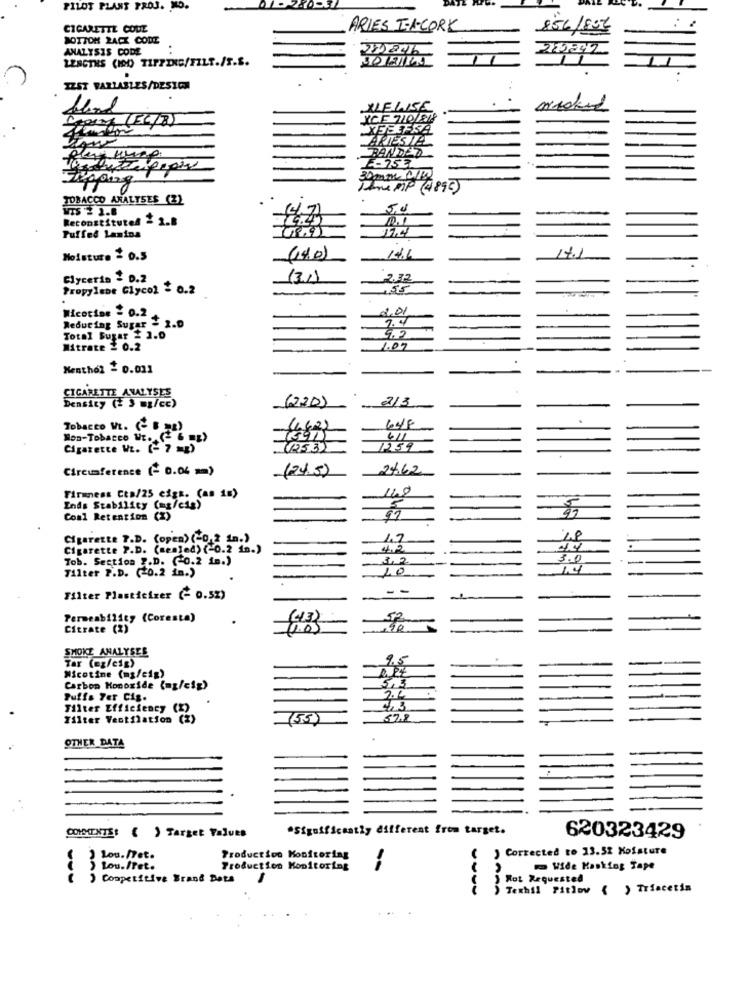
PILOT PLANT PROJ. O.
CIGARETTE COUE
ARIES I-A-CORK
856
BOTTOM 2ACK CODE
ANALYSIS CODE
LENGTHS (IDO TIPPING/FILT./T.S.
IZST VARIABLES/DESIGN
XF1156
XEEEFSA
BANDED
E-753
PereMP (4890)
TOBACCO ANALYSES (2)
5,0
Reconstituted & 2.8
Puffed Lamina
144
17.1
Moisture & 0.5
(14.0)
Glycerin - D.2
(31)
Propylene Glycol = 0.2
55
Wicocine - 0.2
Reducing Sugar - 2.D
9.2
Total Sugar 2 3.0
Mitrate 2 0.2
1.07
Nenthol = 0.011
CIGARETTE ANALYSES
(220)
-
2/3
Density (2 5 mg/cc)
Tobacco VL. (- B .B)
(662)
648
Non-Tobacco Wt. ( 6
(1991)
611
Cigarette Wt. (- 7 mg)
12532
Circumference (- 0.06 m)
(24.5)
24.62
140
Firmness Cta/25 eigs. (as 1m)
Ends Stability (mg/c1g)
Conl Retention (X)
91
Cigarette 7.D. (open) (-0,2 in.)
1,7
Cigarette P.D. (sealed) (-0.2 1n.)
412
44
Tob. Section ?. D. (0.2 in.)
3.0
Tilter P.D. ( 0.2 in.)
10
14
Filter Plasticizer (~ 0.52)
Permeability (Coresta)
Citrate (2)
1.0)
SMOKE ANALYSER
9.5
Tar (ez/eig)
Nicotine (ms/eig)
5,3
Carbon Monoxide (mg/cig)
Puffs Per Cis.
2.4
Filter Efficiency (2)
Tilter Ventilation
57.8
OTHER DATA
*Significantly different from target.
620323429
COMMENTS: ( ) Target Values
Corrected to 13.52 Moisture
Lou. Det.
Production Monitoring
> Lou.fret.
Production Monitoring
-
Wide Kasking Tape
() Competitive Brand Data
Rot Requested
Texhil Pitlow ( ) Triacetim